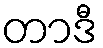
တာဒီ